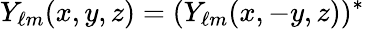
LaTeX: Y_{\ell m}(x,y,z)=(Y_{\ell m}(x,-y,z))^{\ast}